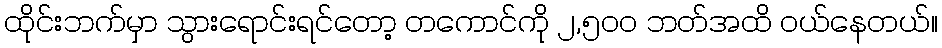
ထိုင်းဘက်မှာ သွားရောင်းရင်တော့ တကောင်ကို ၂,၅၀ဝ ဘတ်အထိ ဝယ်နေတယ်။